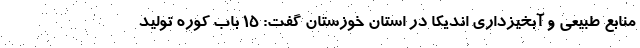
منابع طبیعی و آبخیزداری اندیکا در استان خوزستان گفت: ۱۵ باب کوره تولید